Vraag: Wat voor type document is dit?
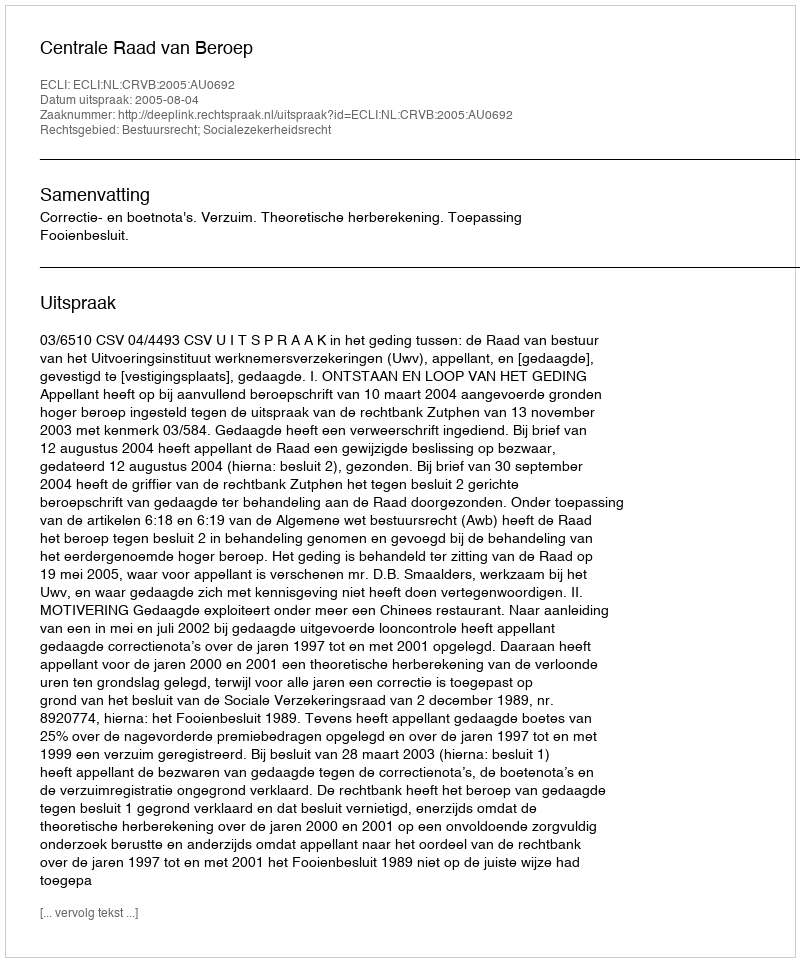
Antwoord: Uitspraak